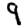
Digit: 9